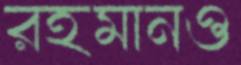
রহমানও